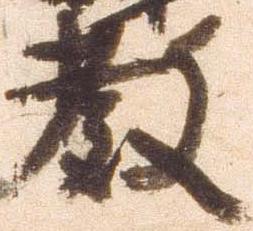
教